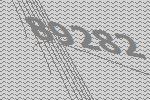
89282